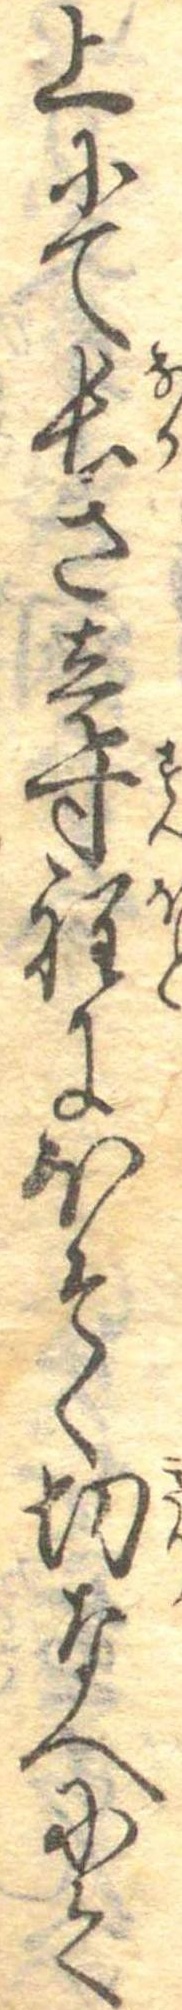
上にて長さ壱寸程にほそく切なへにて